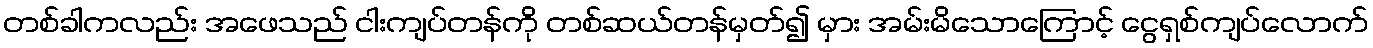
တစ်ခါကလည်း အဖေသည် ငါးကျပ်တန်ကို တစ်ဆယ်တန်မှတ်၍ မှား အမ်းမိသောကြောင့် ငွေရှစ်ကျပ်လောက်